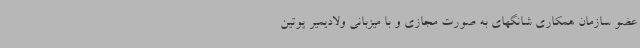
عضو سازمان همکاری شانگهای به صورت مجازی و با میزبانی ولادیمیر پوتین